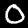
Digit: 0